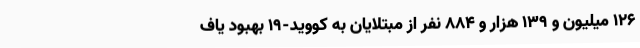
۱۲۶ میلیون و ۱۳۹ هزار و ۸۸۴ نفر از مبتلایان به کووید-۱۹ بهبود یاف